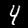
Label: 4